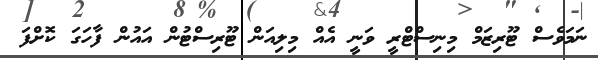
ނަމަވެސް ޓޫރިޒަމް މިނިސްޓްރީ ވަނީ އެއް މިލިއަން ޓޫރިސްޓުން އައުން ފާހަގަ ކޮށްފަ